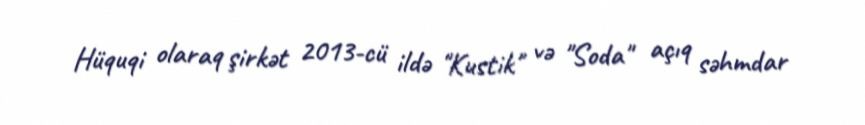
Hüquqi olaraq şirkət 2013-cü ildə "Kustik" və "Soda" açıq səhmdar